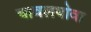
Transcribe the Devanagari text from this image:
चावलधोवा